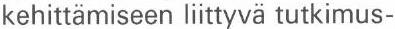
kehittämiseen liittyvä tutkimus-